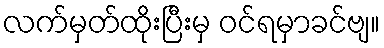
လက်မှတ်ထိုးပြီးမှ ဝင်ရမှာခင်ဗျ။